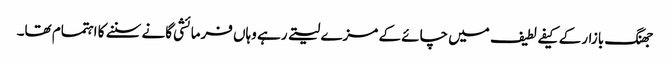
جھنگ بازار کے کیفے لطیف میں چائے کے مزے لیتے رہے وہاں فرمائشی گانے سننے کا اہتمام تھا۔